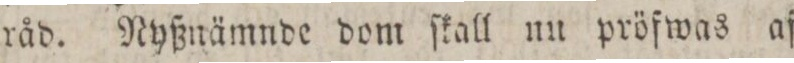
råd. Nyßnämnde dom ſkall nu pröfwas af